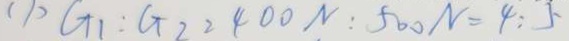
( 1 ) G _ { 1 } : G _ { 2 } = 4 0 0 N : 5 0 0 N = 4 : 5